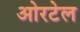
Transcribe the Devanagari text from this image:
ओरटेल